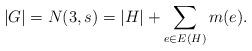
LaTeX: \begin{align*} |G| = N(3,s) = |H| + \sum_{e\in E(H)} m(e). \end{align*}